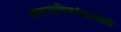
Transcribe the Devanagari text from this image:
व्यावसायिकांसाठीही